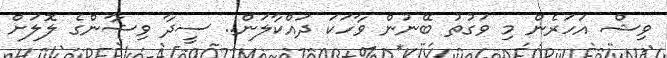
ވިޝް އަަހަރެން މި ވަގުތު ބޭނުން ވާހަކަ ދައްކާލަން.. ސީދާ ވިޝާންގެ ލޮލަށް